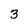
Character: 3